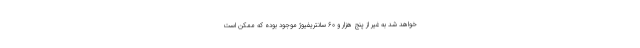
خواهد شد به غیر از پنج هزار و ۶۰ سانتریفیوژ موجود بوده که ممکن است